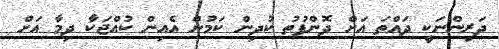
ދަރިންނަކީ ދައްތަ އަށް ދޮންފުތު ކުދިން ކަމުން އެއިން ކުއްޖަކާ ދިމާ އަށް